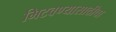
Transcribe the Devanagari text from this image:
मिटवण्यासाठीचा